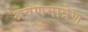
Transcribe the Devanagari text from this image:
श्रवणमात्रेण